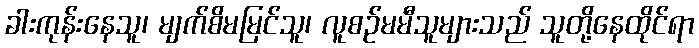
ခါးကုန်းနေသူ၊ မျက်စိမမြင်သူ၊ လူစဉ်မမီသူများသည် သူတို့နေထိုင်ရာ